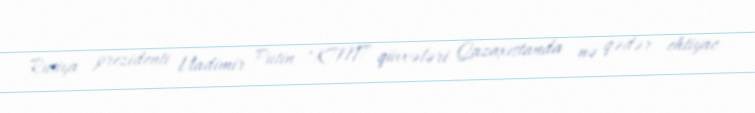
Rusiya prezidenti Vladimir Putin "KTMT qüvvələri Qazaxıstanda nə qədər ehtiyac